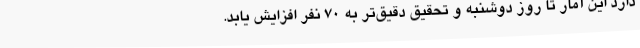
دارد این آمار تا روز دوشنبه و تحقیق دقیق‌تر به ۷۰ نفر افزایش یابد.